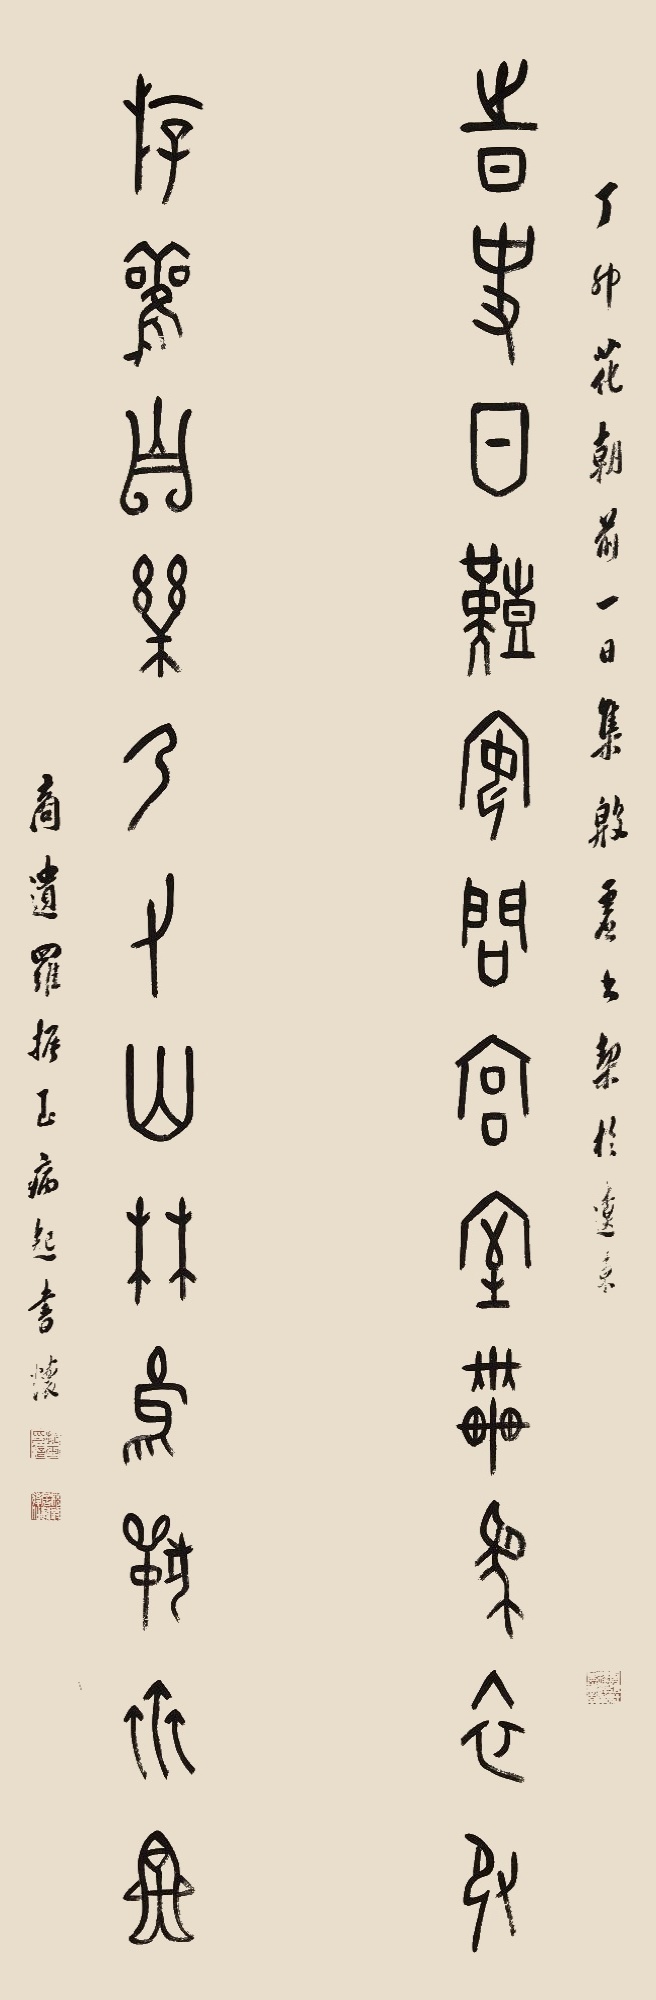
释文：时事日艰，安问宫室车马衣服；游观自乐，乃有山林鸟兽虫鱼。丁卯花朝前一日集殷墟书栔于辽东。商遗罗振玉病起书怀。